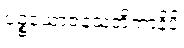
ပဉ္စယောဇနသတိကာနိပိ